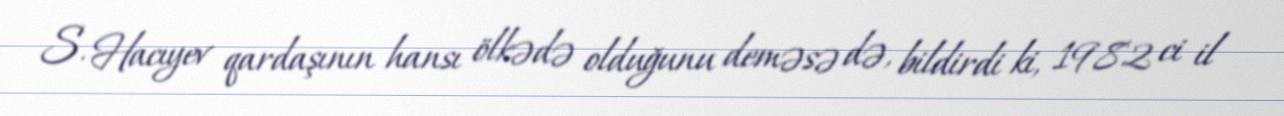
S. Hacıyev qardaşının hansı ölkədə olduğunu deməsə də, bildirdi ki, 1982 ci il